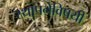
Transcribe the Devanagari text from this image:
स्थापनेविषयी